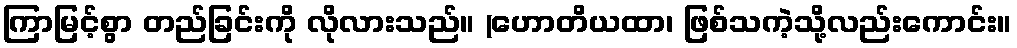
ကြာမြင့်စွာ တည်ခြင်းကို လိုလားသည်။ (ဟောတိယထာ၊ ဖြစ်သကဲ့သို့လည်းကောင်း။